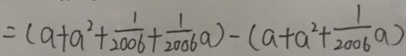
= ( a + a ^ { 2 } + \frac { 1 } { 2 0 0 6 } + \frac { 1 } { 2 0 0 6 } a ) - ( a + a ^ { 2 } + \frac { 1 } { 2 0 0 6 } a )